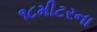
૧૮મીટરના